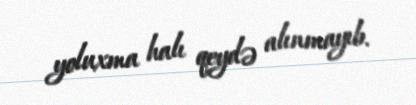
yoluxma halı qeydə alınmayıb.